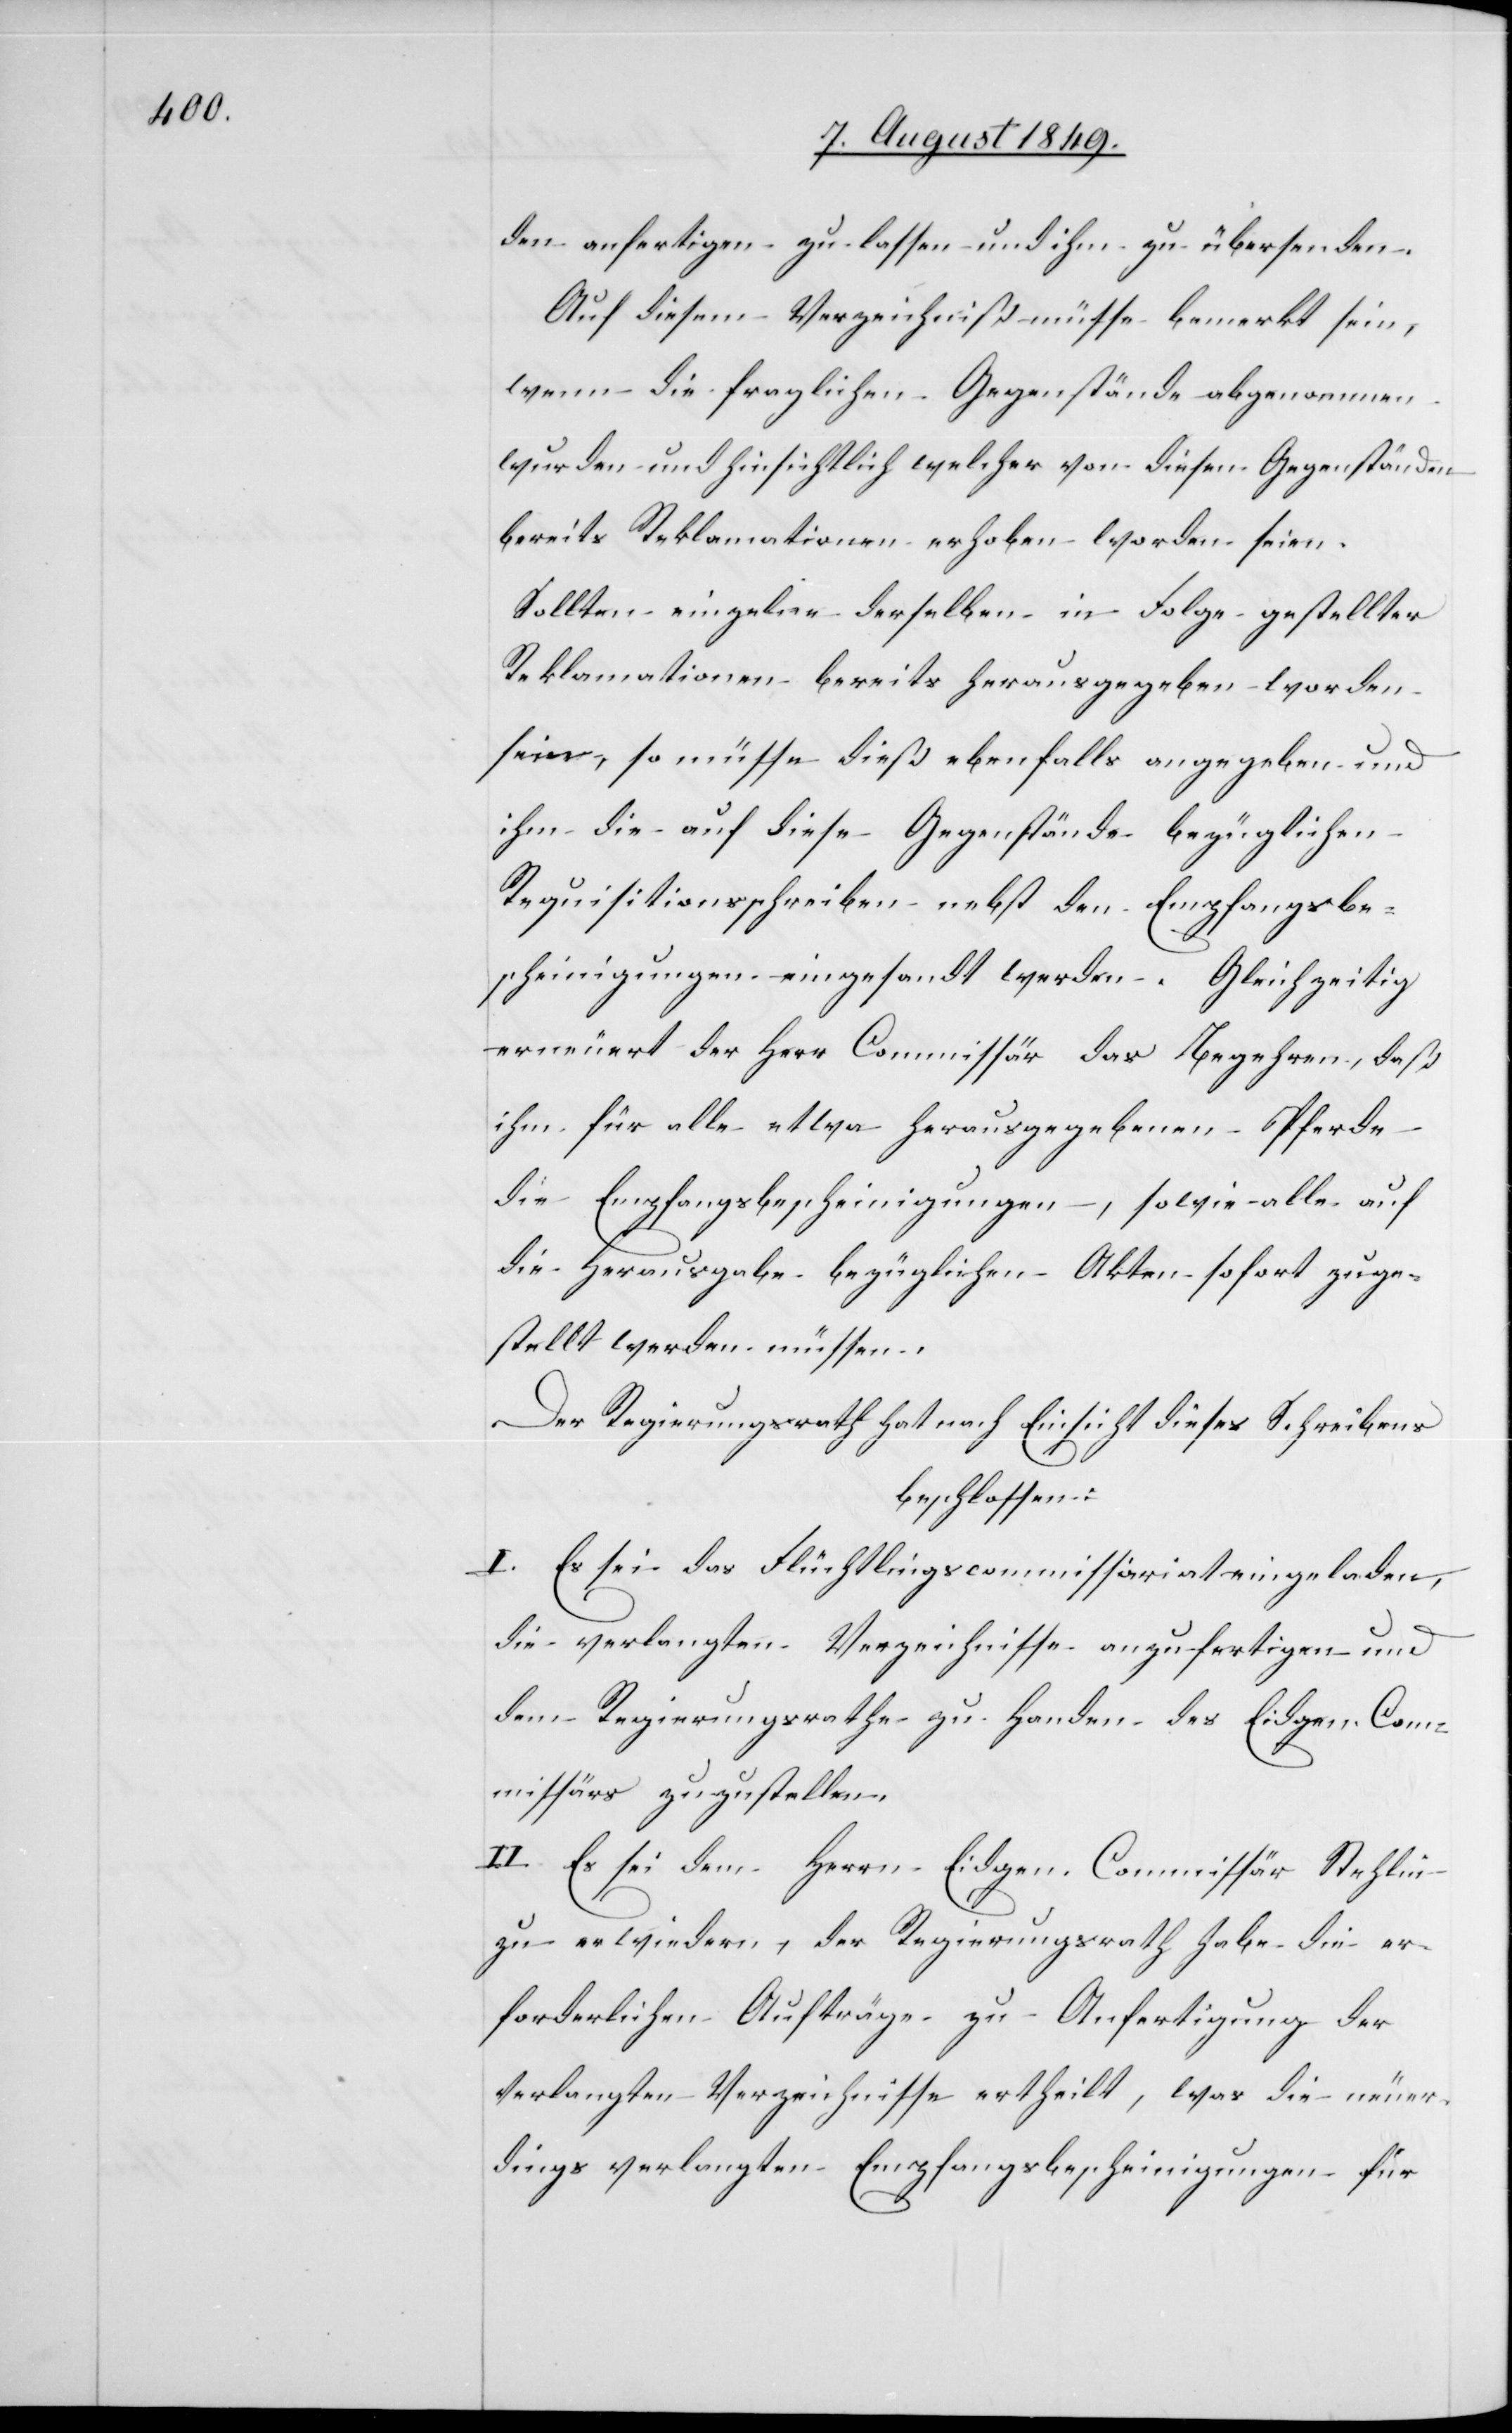
den anfertigen zu lassen und ihm zu übersenden.
Auf diesem Verzeichniß müsse bemerkt sein,
wenn die fraglichen Gegenstände abgenommen
wurden und hinsichtlich welcher von diesen Gegenständen
bereits Reklamationen erhoben worden seien.
Sollten einzelne derselben in Folge gestellter
Reklamationen bereits herausgegeben worden
sein, so müsse dieß ebenfalls angegeben und
ihm die auf diese Gegenstände bezüglichen
Requisitionsschreiben nebst den Empfangsbe¬
scheinigungen eingesandt werden. Gleichzeitig
erneuert der Herr Commissär das Begehren, daß
ihm für alle etwa herausgegebenen Pferde
die Empfangsbescheinigungen, sowie alle auf
die Herausgabe bezüglichen Akten sofort zuge¬
stellt werden müssen.
Der Regierungsrath hat nach Einsicht dieses Schreibens
beschlossen:
I. Es sei das Flüchtlingscommissariat eingeladen,
die verlangten Verzeichnisse anzufertigen und
dem Regierungsrathe zu Handen des Eidgen. Com¬
missärs zuzustellen.
II. Es sei dem Herrn Eidgen. Commissär Stehlin
zu erwiedern, der Regierungsrath habe die er¬
forderlichen Aufträge zu Anfertigung der
verlangten Verzeichnisse ertheilt, was die neuer¬
dings verlangten Empfangsbescheinigungen für